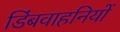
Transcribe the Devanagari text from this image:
डिंबवाहनियों